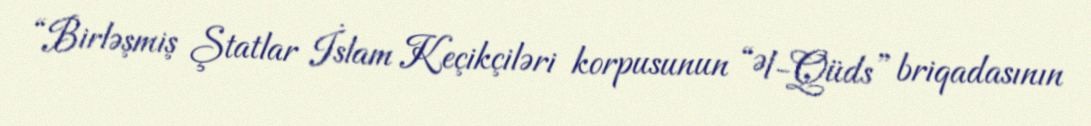
“Birləşmiş Ştatlar İslam Keçikçiləri korpusunun “Əl-Qüds” briqadasının